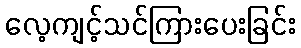
လေ့ကျင့်သင်ကြားပေးခြင်း